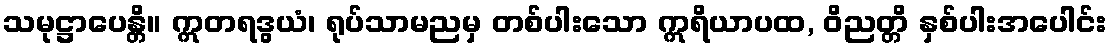
သမုဋ္ဌာပေန္တိ။ ဣတရဒွယံ၊ ရုပ်သာမညမှ တစ်ပါးသော ဣရိယာပထ, ဝိညတ္တိ နှစ်ပါးအပေါင်း